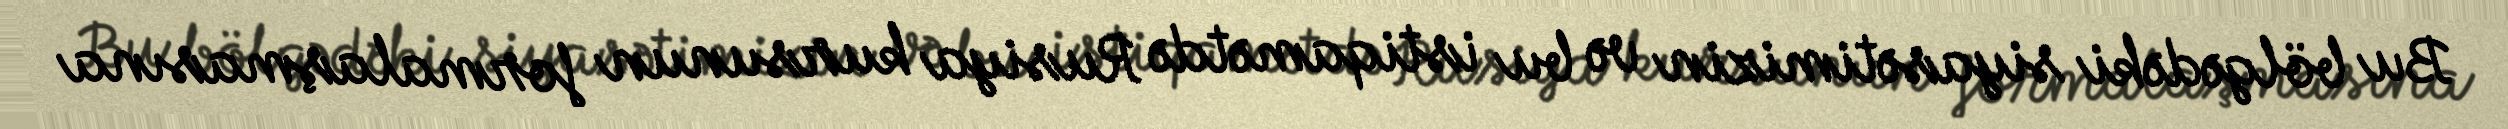
Bu bölgədəki siyasətimizin və bu istiqamətdə Rusiya kursunun formalaşmasına